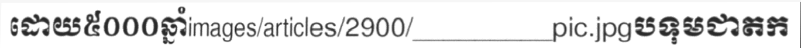
ដោយ៥០០០ឆ្នាំimages/articles/2900/_________pic.jpgបទុមជាតក